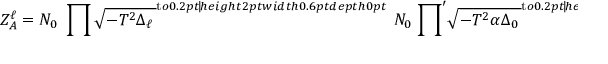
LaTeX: Z _ { A } ^ { \ell } = { \cal N } _ { 0 } \; \prod \sqrt { { - T ^ { 2 } \Delta _ { \ell } } \, } ^ { \mathrm { t } o 0 . 2 p t { \hss \vrule h e i g h t 2 p t w i d t h 0 . 6 p t d e p t h 0 p t } \; \! } \; { \cal N } _ { 0 } \; { \prod } ^ { \prime } \sqrt { { - T ^ { 2 } \alpha \Delta _ { 0 } } \, } ^ { \mathrm { t } o 0 . 2 p t { \hss \vrule h e i g h t 2 p t w i d t h 0 . 6 p t d e p t h 0 p t } \; \! } \; \; . \; \;